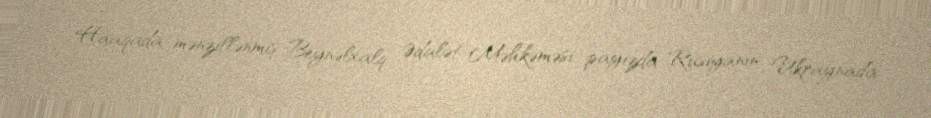
Haaqada mənzillənmiş Beynəlxalq Ədalət Məhkəməsi payızda Rusiyanın Ukraynada